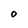
Character: 0